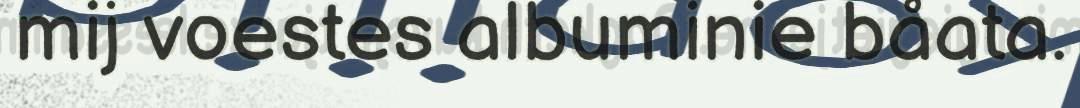
mij voestes albuminie båata.